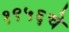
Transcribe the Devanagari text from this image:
१९५६चे